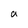
Character: a